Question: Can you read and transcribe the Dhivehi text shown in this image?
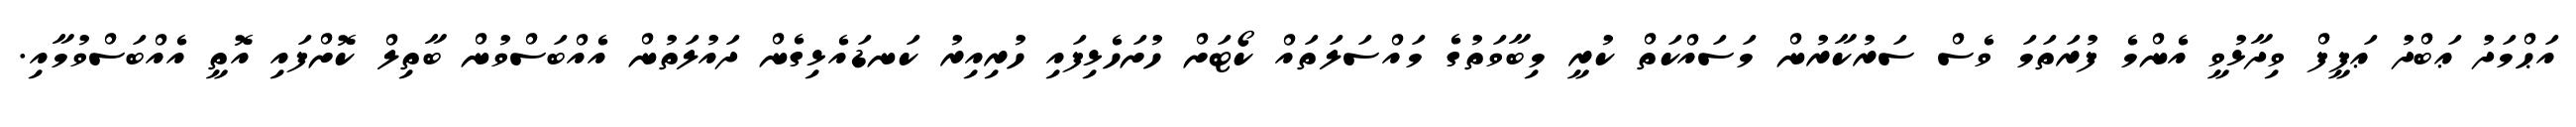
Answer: އަޙްމަދު ޢަބްދު ޢަފީފް ވިދާޅުވީ އެންމެ ފުރަތަމަ ވެސް ސަރުކާރުން މަސައްކަތް ކުރީ މިބާވަތުގެ މައްސަލަތައް ކޯޓަށް ހުށަހެޅިފައި ހުރިއިރު ކަނޑައެޅިގެން ދައުލަތުން އެއްބަސްވުން ބާތިލް ކޮށްފައި އޮތީ އެއްބަސްވުމާއި.